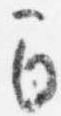
間